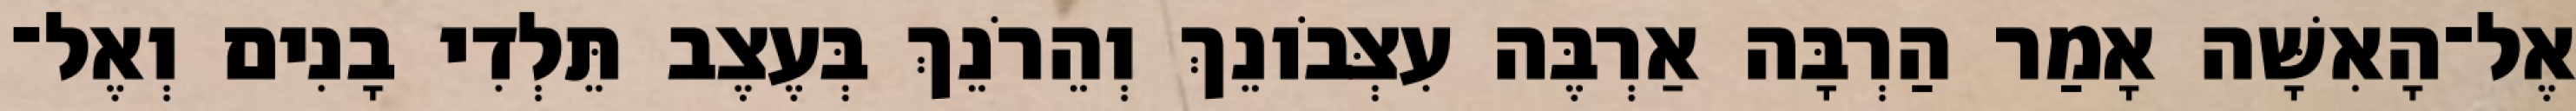
אֶל־הָאִשָּׁה אָמַר הַרְבָּה אַרְבֶּה עִצְּבֹונֵךְ וְהֵרֹנֵךְ בְּעֶצֶב תֵּלְדִי בָנִים וְאֶל־